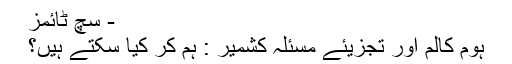
- سچ ٹائمز
ہوم کالم اور تجزیئے مسئلہ کشمیر : ہم کر کیا سکتے ہیں؟